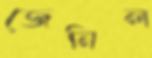
জেনিল